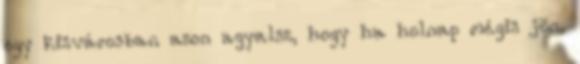
egy kisvárosban azon agyalsz, hogy ha holnap mégis jön,